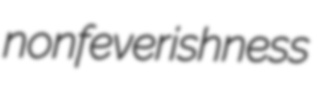
nonfeverishness